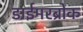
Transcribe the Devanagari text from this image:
डाईमरब्रोक